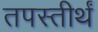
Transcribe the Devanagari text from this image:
तपस्तीर्थं